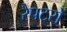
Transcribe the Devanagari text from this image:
रैपटरों